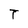
Character: T